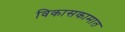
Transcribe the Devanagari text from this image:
विकासकामात